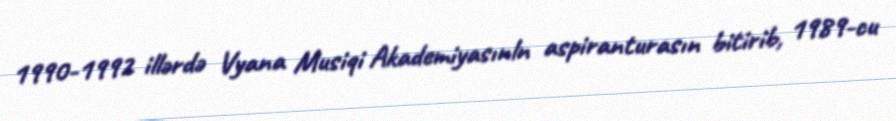
1990-1992 illərdə Vyana Musiqi Akademiyasınln aspiranturasın bitirib, 1989-cu